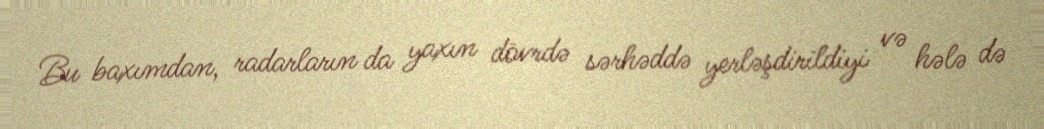
Bu baxımdan, radarların da yaxın dövrdə sərhəddə yerləşdirildiyi və hələ də